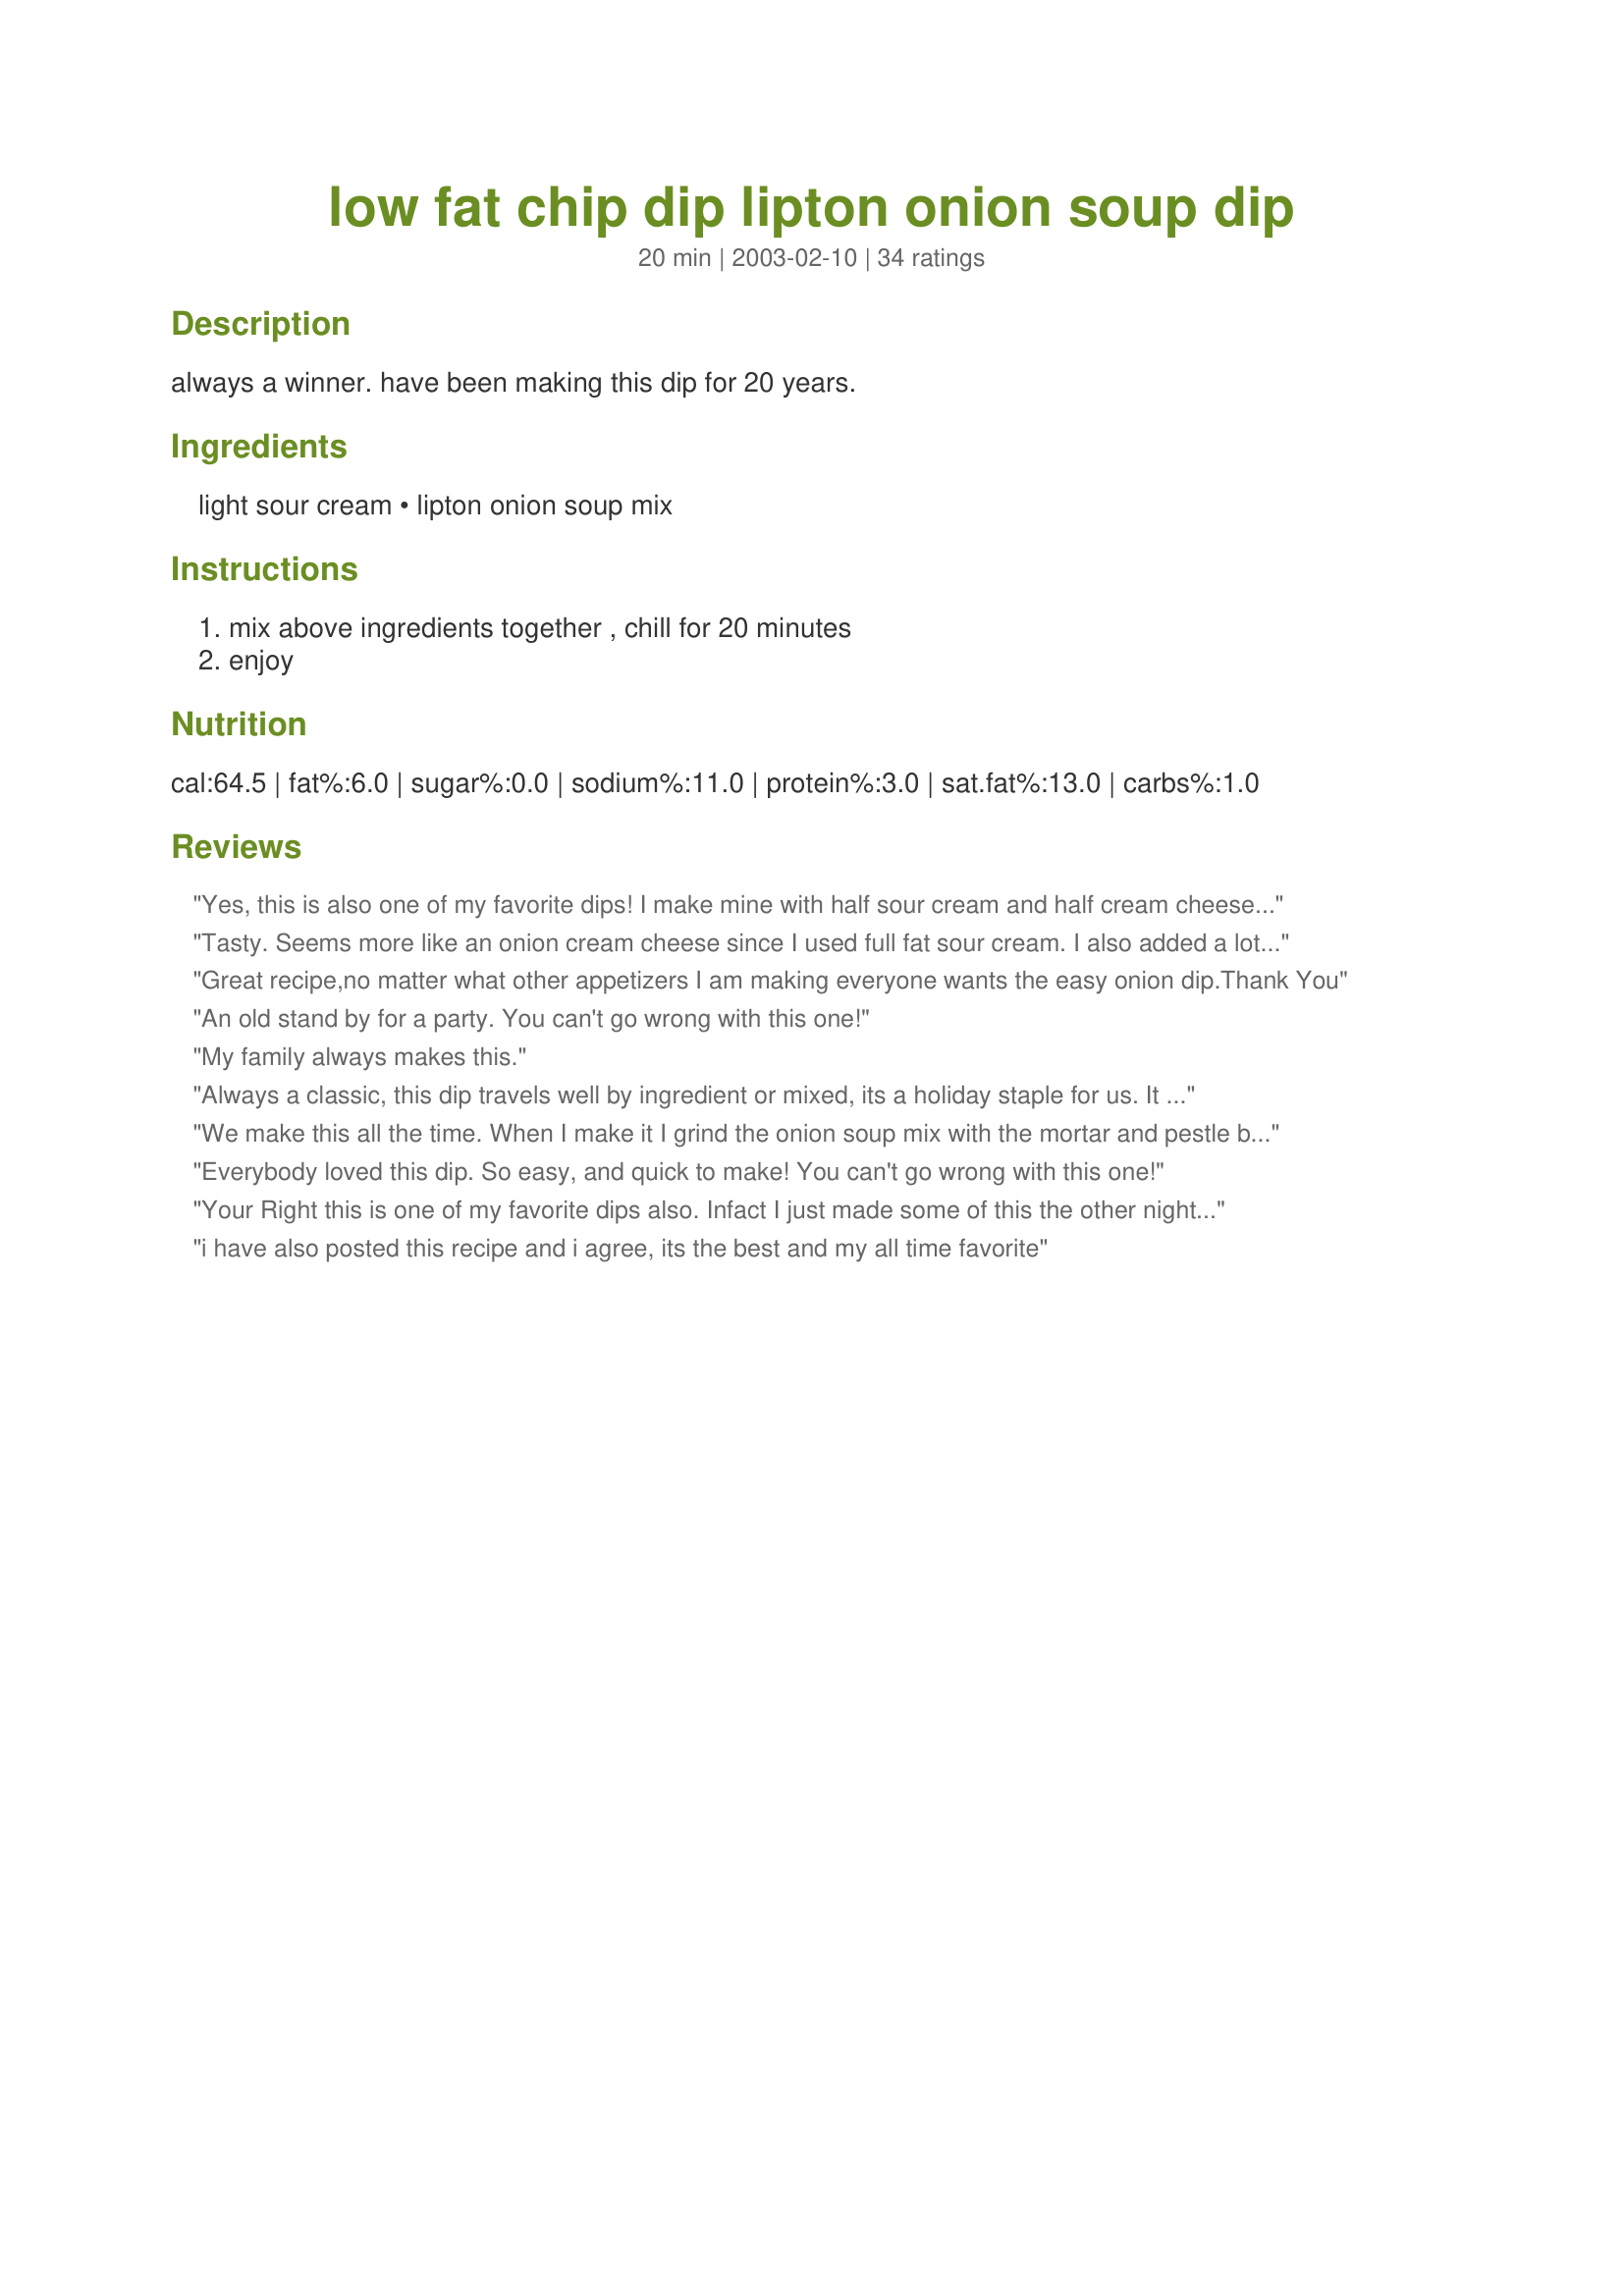
low fat chip dip lipton onion soup dip
Preparation time: 20 minutes

always a winner. have been making this dip for 20 years.

Ingredients:
light sour cream, lipton onion soup mix

Steps:
mix above ingredients together , chill for 20 minutes, enjoy

Reviews:
Yes, this is also one of my favorite dips! I make mine with half sour cream and half cream cheese, and use 1-1/2 pkgs onion soup mix and also add in fresh minced garlic to kick it up a notch!
I love this dip!....Kittencal:)
Tasty. Seems more like an onion cream cheese since I used full fat sour cream. I also added a lot of hot sauce for a kick.
Great recipe,no matter what other appetizers I am making everyone wants the easy onion dip.Thank You
An old stand by for a party. You can't go wrong with this one!
My family always makes this.
Always a classic, this dip travels well by ingredient or mixed, its a holiday staple for us. It also is easy to take camping and I have been known to mix it right in the sour cream contatiner!
We make this all the time. When I make it I grind the onion soup mix with the mortar and pestle because my Dh doesn't like the onion pieces.
Everybody loved this dip. So easy, and quick to make! You can't go wrong with this one!
Your Right this is one of my favorite dips also. Infact I just made some of this the other night! Nothing comes close to the real onion flavor of this dip.
i have also posted this recipe and i agree, its the best and my all time favorite

This is an excellent, easy recipe. Excellent for veggies, crackers, chips, you name it! Thanks for posting!
This is the best dip in the world and so so simple. I have made it for years and have tried other soup mixes and they do not taste quite the same. I also like to add a tablespoon of dehydrated onion to the dip to give it even more crunch.
This is the only onion dip worth eating. Course I'm a native Californian, been making this since I can't remember. Thanks Christmas Carol
I kust love this dip.... It is so easy to throw together, and it is a crowd pleaser. No one can believe how easy it is. Thanks so much for sharing!
This is DH's favorite dip! I always use low fat sour cream, because we think it tastes just as good as the full fat version in this recipe!
thanks for posting!
I didn't enjoy the overwhelming onion taste in this dip. Maybe onion dip isn't for me! Kudos for being low fat though.
A classic recipe! I have made this many times over the years and it always goes over well. SUPER easy. Thanks for sharing!
This is genius!
This is great as is but try adding a can of drained clams. It gives it
a different twist.
This is always a favorite. I even like it on a baked potato. Classic and usually the first thing to be gone on a buffet.
Very easy to make and really yummy! Goes great with salt and pepper chips.
This is the only onion dip I've made and will always make. I grew up on it. I prefer chips with the onion recipe. For veggies, we used Ranch dressing instead of onion with the sour cream. This is a well received dip.
Who doesn't love this one! I use only 2/3 of a pouch and I use no nome soup mix and it still tastes great!
You can never go wrong with this receipe, its always a hit no matter
where you are. When I first moved back to Portugal I was a little hesitant in making this dip for my guests, but everyone loved it to my delightful surpriseÂ´.
Classic dip. We made this for DD's NYE party with Ruffles.....a hit. Everyone likes this dip. The boys were even dipping the crackers in it. Thank you for sharing with us.
It doesn't get any easier than this! This is yummy. I enjoyed a bit with wheat thins for a nice afternoon snack after cleaning all morning. :)
This is so yummy!! I didn't have any light sour cream, so I used nofat yogurt, it is a keeper here. Thanks so much for posting.
This dip was so easy to make and everyone loved it. I used a pint of sour cream and a full package of the soup mix. I made it a day before so the the flavors would blend. Thanks Deco Lady!
We make this all the time. It's better when it sits and the flavors meld. We enjoy this. Made as directed.
Easiest dip ever and very tasty! It was easy to cut in half too, although I'm sure I'll make the full batch next time! Thanks!
Thanks for posting. I forgot all about this recipe. Easy to make with ingredients I always have on hand.
I make this every time I go to a party and don't have time to actually cook something...I've never had a single complaint and I think I can eat a whole bowl of this on my own. 
Along the same vein the dry ranch dressing mixes work well too instead of the onion soup mix.
Talk about memories. This is the only dip my Mom used to make and the whole family loved it. Always with crinkle cut potatoe chips, YUM. Mom wasn't much of a cook - but this was one we grew up on and loved. Thanks for the memories.
Not that great...sorrry. I had my hopes up and was not happy with the result of this recipe.
